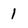
Character: 1